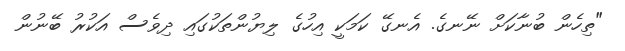
"ތިހެން ބުނާކަށް ނޭނގެ. އެނގޭ ކަމަކީ އިހުގެ ލިޔުންތަކުގައި ދިވެސް އަކުރު ބޭނުން